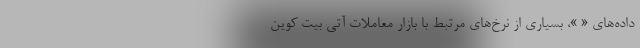
داده‌های « »، بسیاری از نرخ‌های مرتبط با بازار معاملات آتی بیت کوین